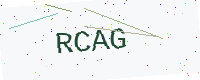
Text: RCAG